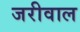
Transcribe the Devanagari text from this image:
जरीवाल